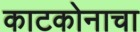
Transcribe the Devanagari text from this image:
काटकोनाचा